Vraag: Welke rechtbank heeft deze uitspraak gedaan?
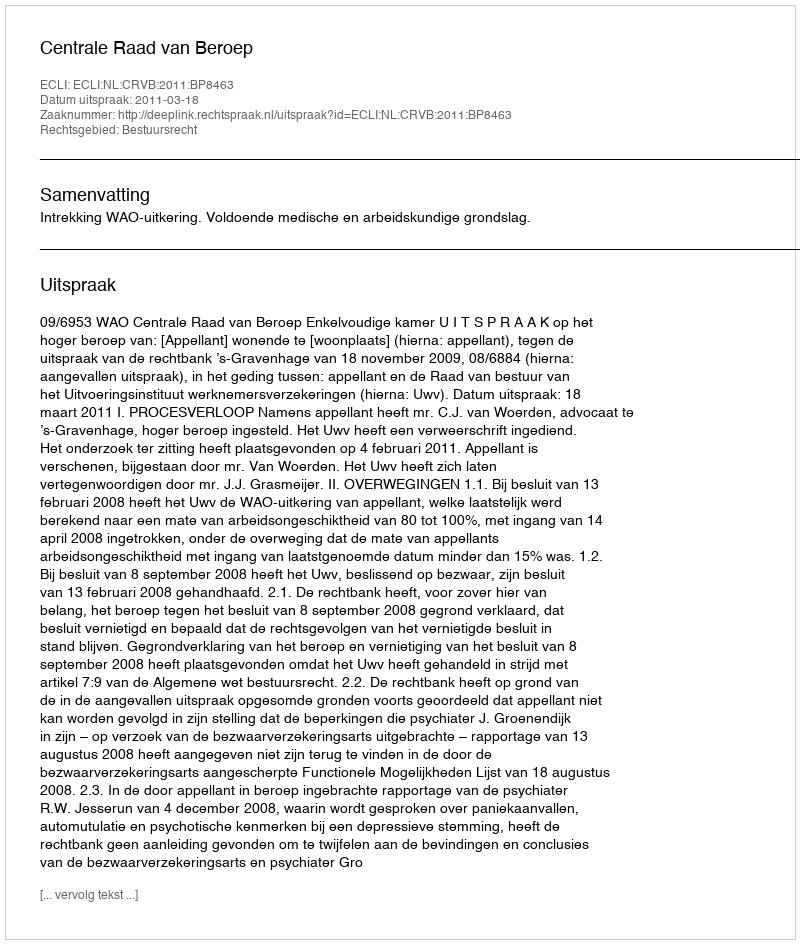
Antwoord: Centrale Raad van Beroep